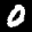
Label: 0